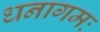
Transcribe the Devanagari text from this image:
धनागमः